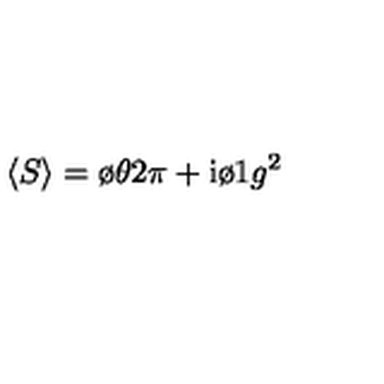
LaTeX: \langle S \rangle = { \o { \theta } { 2 \pi } } + \mathrm { i } { \o { 1 } { g ^ { 2 } } }